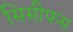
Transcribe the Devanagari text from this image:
सिसीफस